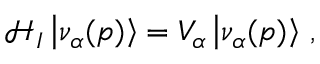
\mathcal { H } _ { I } \left| \nu _ { \alpha } ( p ) \right\rangle = V _ { \alpha } \left| \nu _ { \alpha } ( p ) \right\rangle \, ,